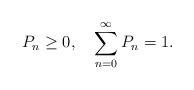
LaTeX: \begin{align*}P_n\ge0, \quad \sum_{n=0}^\infty P_n=1. \end{align*}